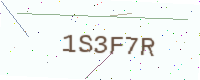
Text: 1S3F7R